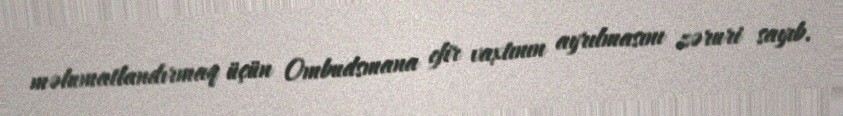
məlumatlandırmaq üçün Ombudsmana efir vaxtının ayrılmasını zəruri sayıb.